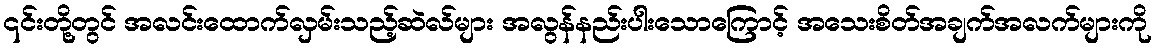
၎င်းတို့တွင် အလင်းထောက်လှမ်းသည့်ဆဲလ်များ အလွန်နည်းပါးသောကြောင့် အသေးစိတ်အချက်အလက်များကို